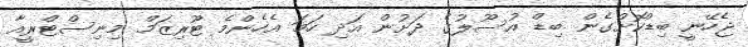
ޖެހޭނީ ބިޑްކޮށްގެން ބިޑް އުސޫލުގެ ދަށުން އަދި ހަމަ އެހެންމެ ޓޫރިޒަމް މިނިސްޓްރީއާ